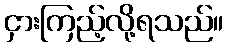
ငှားကြည့်လို့ရသည်။